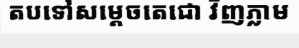
តបទៅសម្តេចតេជោ វិញភ្លាម